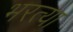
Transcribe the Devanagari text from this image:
भरत्या